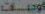
قومت